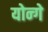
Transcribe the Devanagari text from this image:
योन्गे